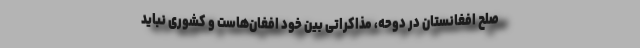
صلح افغانستان در دوحه، مذاکراتی بین خود افغا‌ن‌هاست و کشوری نباید